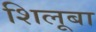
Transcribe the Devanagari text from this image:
शिलूबा